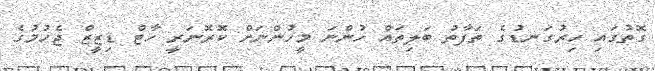
ގޮތުގައި ހިރުގަނޑުގެ ތަފާތު ބަލިތައް ހުންނަ މީހުންނަށް ކޮރޮނަރީ ހާޓް ޑިޒީޒް ޖެހުމުގެ